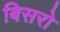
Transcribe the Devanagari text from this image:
बिसरो